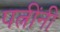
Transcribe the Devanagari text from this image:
पत्नींनी